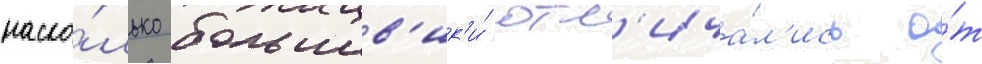
наско́лько большев'ик'и́ отл'ича́л'ись о́т